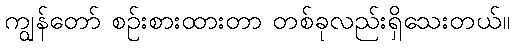
ကျွန်တော် စဉ်းစားထားတာ တစ်ခုလည်းရှိသေးတယ်။